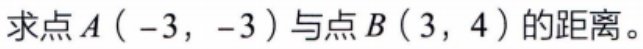
求点\(A（-3，-3）\)与点\(B（3，4）\)的距离。